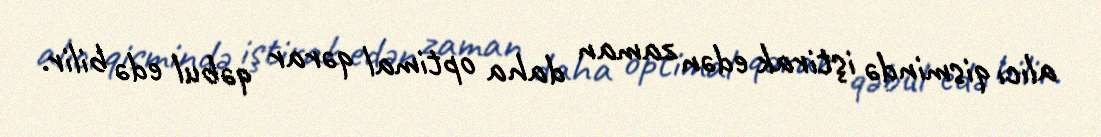
alıcı qismində iştirak edən zaman daha optimal qərar qəbul edə bilir.